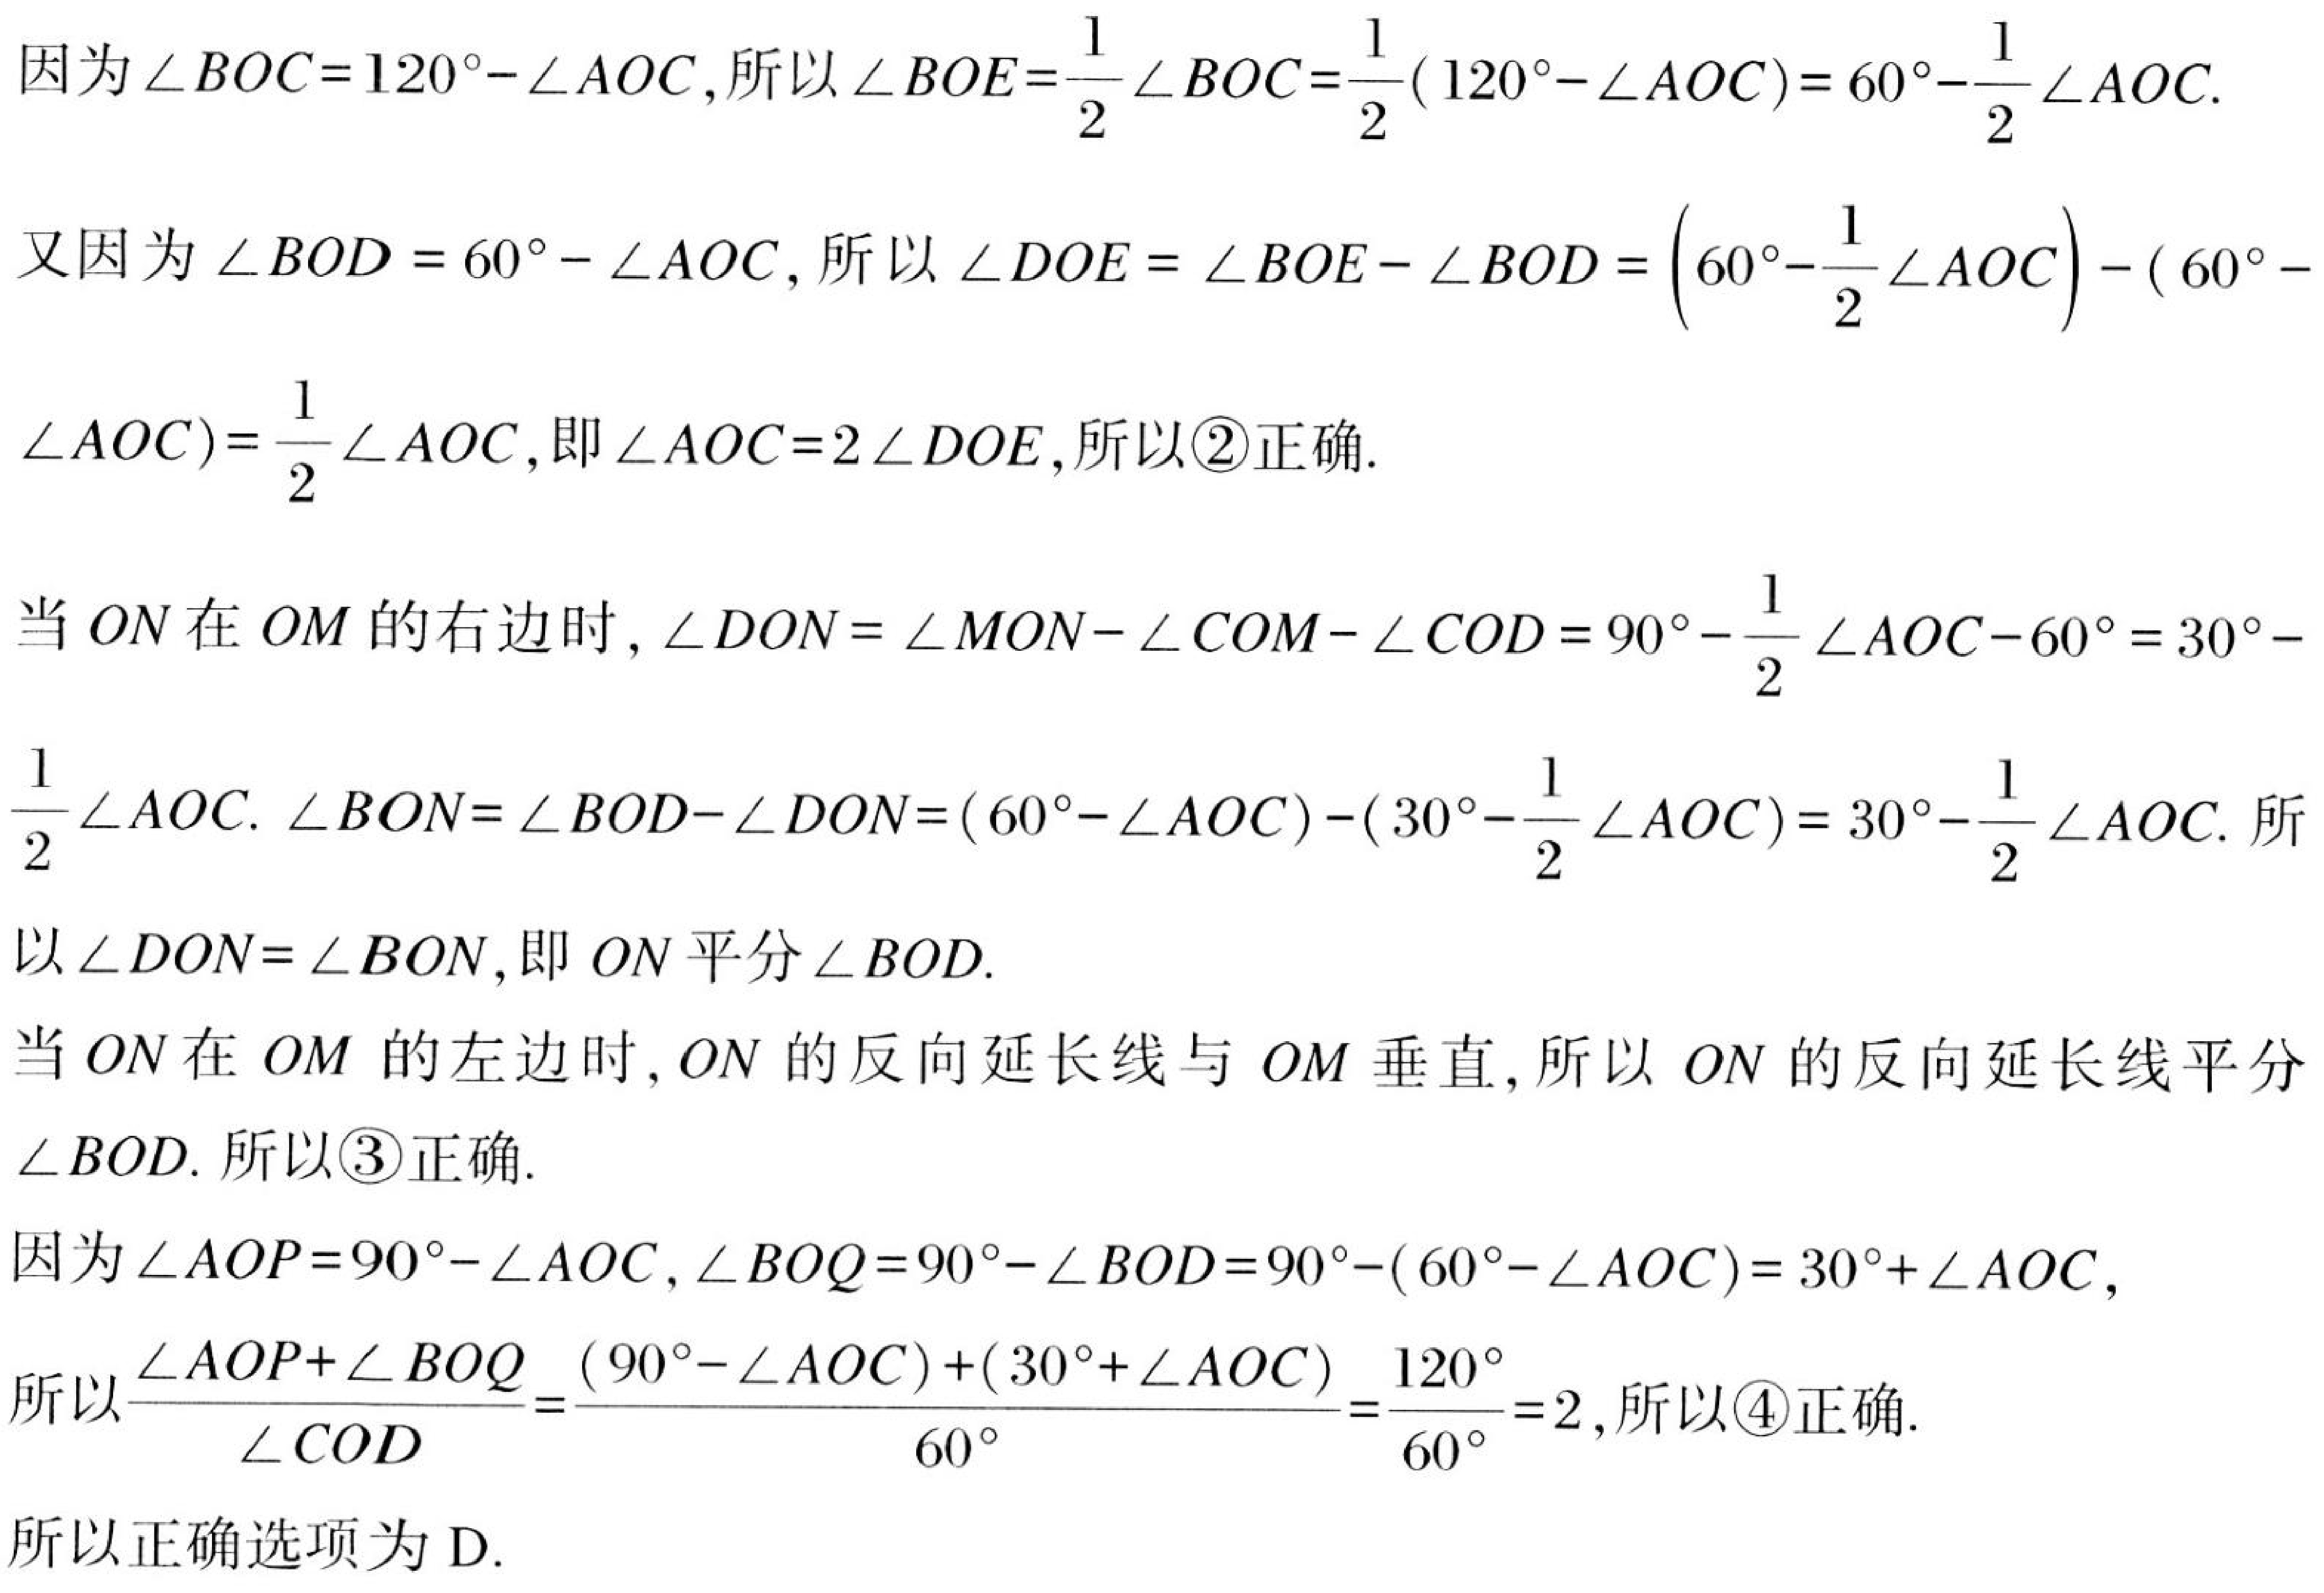
因为\(\angle BOC = 120^{\circ}-\angle AOC\)，所以\(\angle BOE=\frac{1}{2}\angle BOC=\frac{1}{2}(120^{\circ}-\angle AOC)=60^{\circ}-\frac{1}{2}\angle AOC\).
又因为\(\angle BOD = 60^{\circ}-\angle AOC\)，所以\(\angle DOE=\angle BOE - \angle BOD=(60^{\circ}-\frac{1}{2}\angle AOC)-(60^{\circ}- \angle AOC)=\frac{1}{2}\angle AOC\)，即\(\angle AOC = 2\angle DOE\)，所以\textcircled{2}正确.
当\(ON\)在\(OM\)的右边时，\(\angle DON=\angle MON-\angle COM-\angle COD = 90^{\circ}-\frac{1}{2}\angle AOC - 60^{\circ}=30^{\circ}-\frac{1}{2}\angle AOC\). \(\angle BON=\angle BOD - \angle DON=(60^{\circ}-\angle AOC)-(30^{\circ}-\frac{1}{2}\angle AOC)=30^{\circ}-\frac{1}{2}\angle AOC\). 所以\(\angle DON=\angle BON\)，即\(ON\)平分\(\angle BOD\).
当\(ON\)在\(OM\)的左边时，\(ON\)的反向延长线与\(OM\)垂直，所以\(ON\)的反向延长线平分\(\angle BOD\). 所以\textcircled{3}正确.
因为\(\angle AOP = 90^{\circ}-\angle AOC\)，\(\angle BOQ = 90^{\circ}-\angle BOD=90^{\circ}-(60^{\circ}-\angle AOC)=30^{\circ}+\angle AOC\)，
所以\(\frac{\angle AOP+\angle BOQ}{\angle COD}=\frac{(90^{\circ}-\angle AOC)+(30^{\circ}+\angle AOC)}{60^{\circ}}=\frac{120^{\circ}}{60^{\circ}} = 2\)，所以\textcircled{4}正确.
所以正确选项为D.